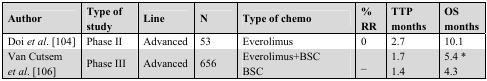
<table><thead><tr><td><b>Author</b></td><td><b>Type of study</b></td><td><b>Line</b></td><td><b>N</b></td><td><b>Type of chemo</b></td><td><b>% RR</b></td><td><b>TTP months</b></td><td><b>OS months</b></td></tr></thead><tbody><tr><td>Doi <i>et al</i>. [104]</td><td>Phase II</td><td>Advanced</td><td>53</td><td>Everolimus</td><td>0</td><td>2.7</td><td>10.1</td></tr><tr><td rowspan="2">Van Cutsem <i>et al</i>. [106]</td><td rowspan="2">Phase III </td><td rowspan="2">Advanced</td><td rowspan="2">656</td><td>Everolimus+BSC</td><td rowspan="2">_</td><td>1.7</td><td>5.4 *</td></tr><tr><td>BSC</td><td>1.4</td><td>4.3</td></tr></tbody></table>